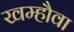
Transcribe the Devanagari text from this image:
खम्हौवा